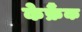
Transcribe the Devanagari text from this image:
केफ्रैंक